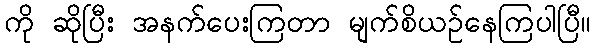
ကို ဆိုပြီး အနက်ပေးကြတာ မျက်စိယဉ်နေကြပါပြီ။